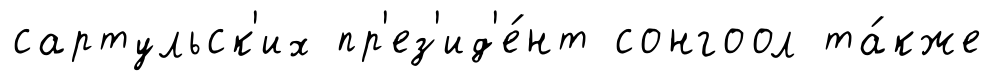
сартульск'их пр'ез'ид'е́нт сонгоол та́кже